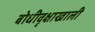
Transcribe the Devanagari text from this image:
बोधीवृक्षाखाली